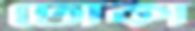
ঢোকা